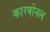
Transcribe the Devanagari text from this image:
कारबोनल